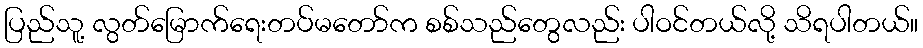
ပြည်သူ့ လွတ်မြောက်ရေးတပ်မတော်က စစ်သည်တွေလည်း ပါဝင်တယ်လို့ သိရပါတယ်။